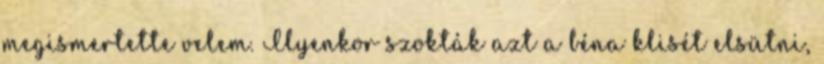
megismertette velem. Ilyenkor szokták azt a béna klisét elsütni,